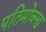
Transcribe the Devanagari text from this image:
पतिमोक्ख